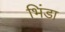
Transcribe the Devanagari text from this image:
भिंडा